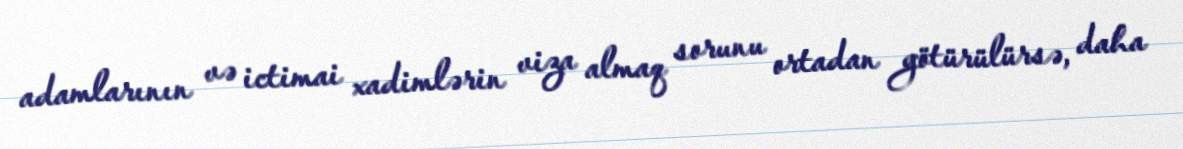
adamlarının və ictimai xadimlərin viza almaq sorunu ortadan götürülürsə, daha